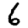
Digit: 6